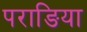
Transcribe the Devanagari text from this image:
पराङिया